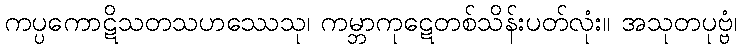
ကပ္ပကောဋိသတသဟဿေသု၊ ကမ္ဘာကုဋေတစ်သိန်းပတ်လုံး။ အသုတပုဗ္ဗံ၊